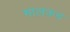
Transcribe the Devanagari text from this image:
मालकच